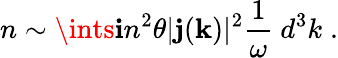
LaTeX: n\sim\ints\mathbf{i}n^{2}\theta|{\mathbf{j}}({\mathbf{k}})|^{2}{\frac{{1}}{{\omega}}}~d^{3}k\; .